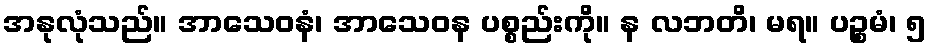
အနုလုံသည်။ အာသေဝနံ၊ အာသေဝန ပစ္စည်းကို။ န လဘတိ၊ မရ။ ပဉ္စမံ၊ ၅